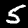
Label: 5